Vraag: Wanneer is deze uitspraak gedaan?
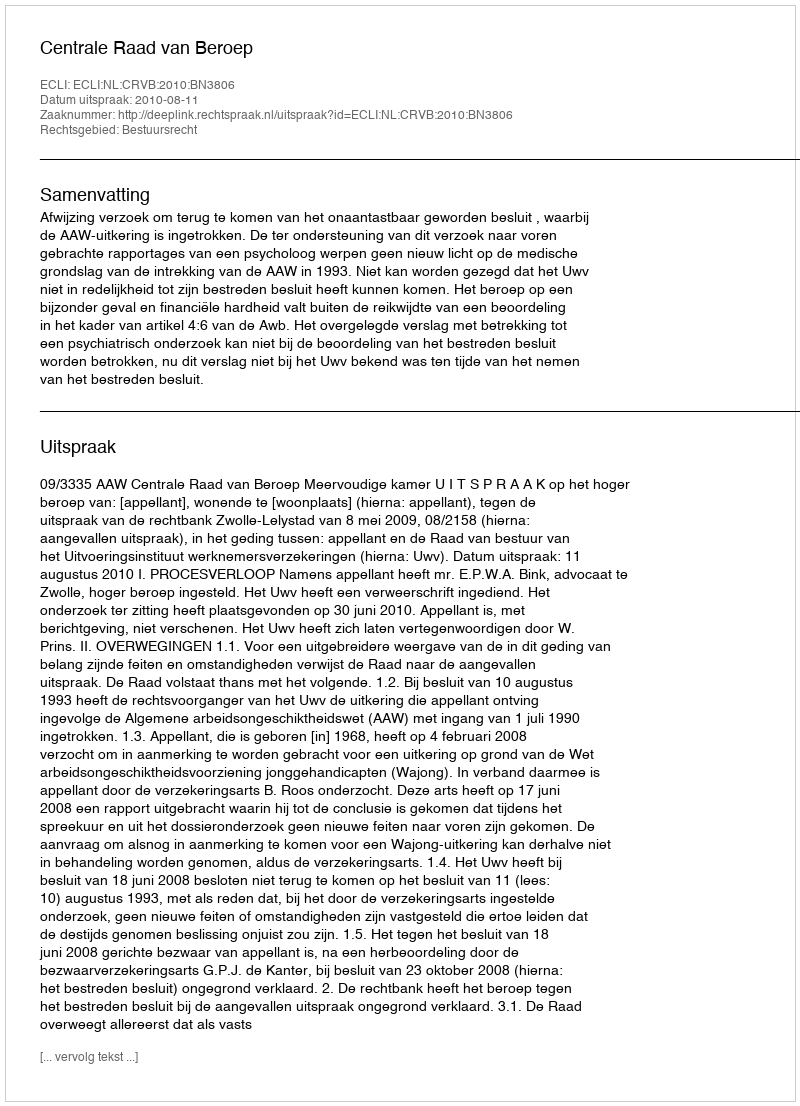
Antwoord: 2010-08-11